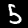
Label: 5